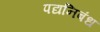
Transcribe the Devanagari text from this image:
पद्यनिबंध